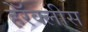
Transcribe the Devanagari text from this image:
हेरॅक्लीस